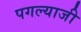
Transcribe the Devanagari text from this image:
पगल्याजी